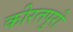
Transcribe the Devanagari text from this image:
कीरतपुरी